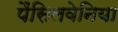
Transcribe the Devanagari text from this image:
पैंसिलवेनिया